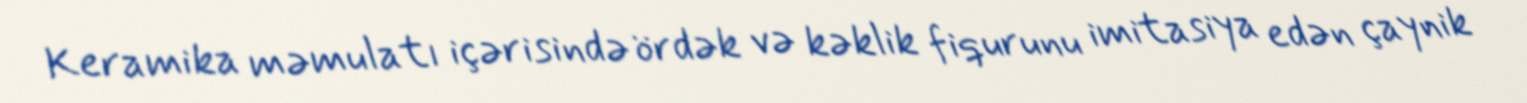
Keramika məmulatı içərisində ördək və kəklik fiqurunu imitasiya edən çaynik